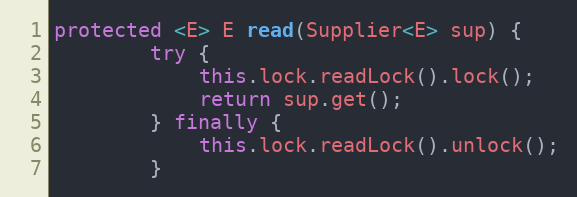
Language: Java
protected <E> E read(Supplier<E> sup) {
        try {
            this.lock.readLock().lock();
            return sup.get();
        } finally {
            this.lock.readLock().unlock();
        }